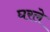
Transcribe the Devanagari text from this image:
घरले